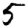
Digit: 5